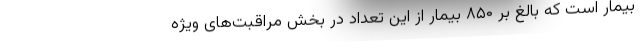
بیمار است که بالغ بر ۸۵۰ بیمار از این تعداد در بخش مراقبت‌های ویژه